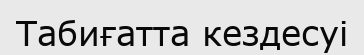
Табиғатта кездесуі